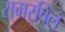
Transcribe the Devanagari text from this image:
समरविल